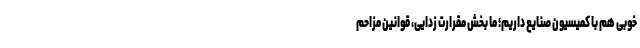
خوبی هم با کمیسیون صنایع داریم؛ ما بخش مقرارت زدایی، قوانین مزاحم